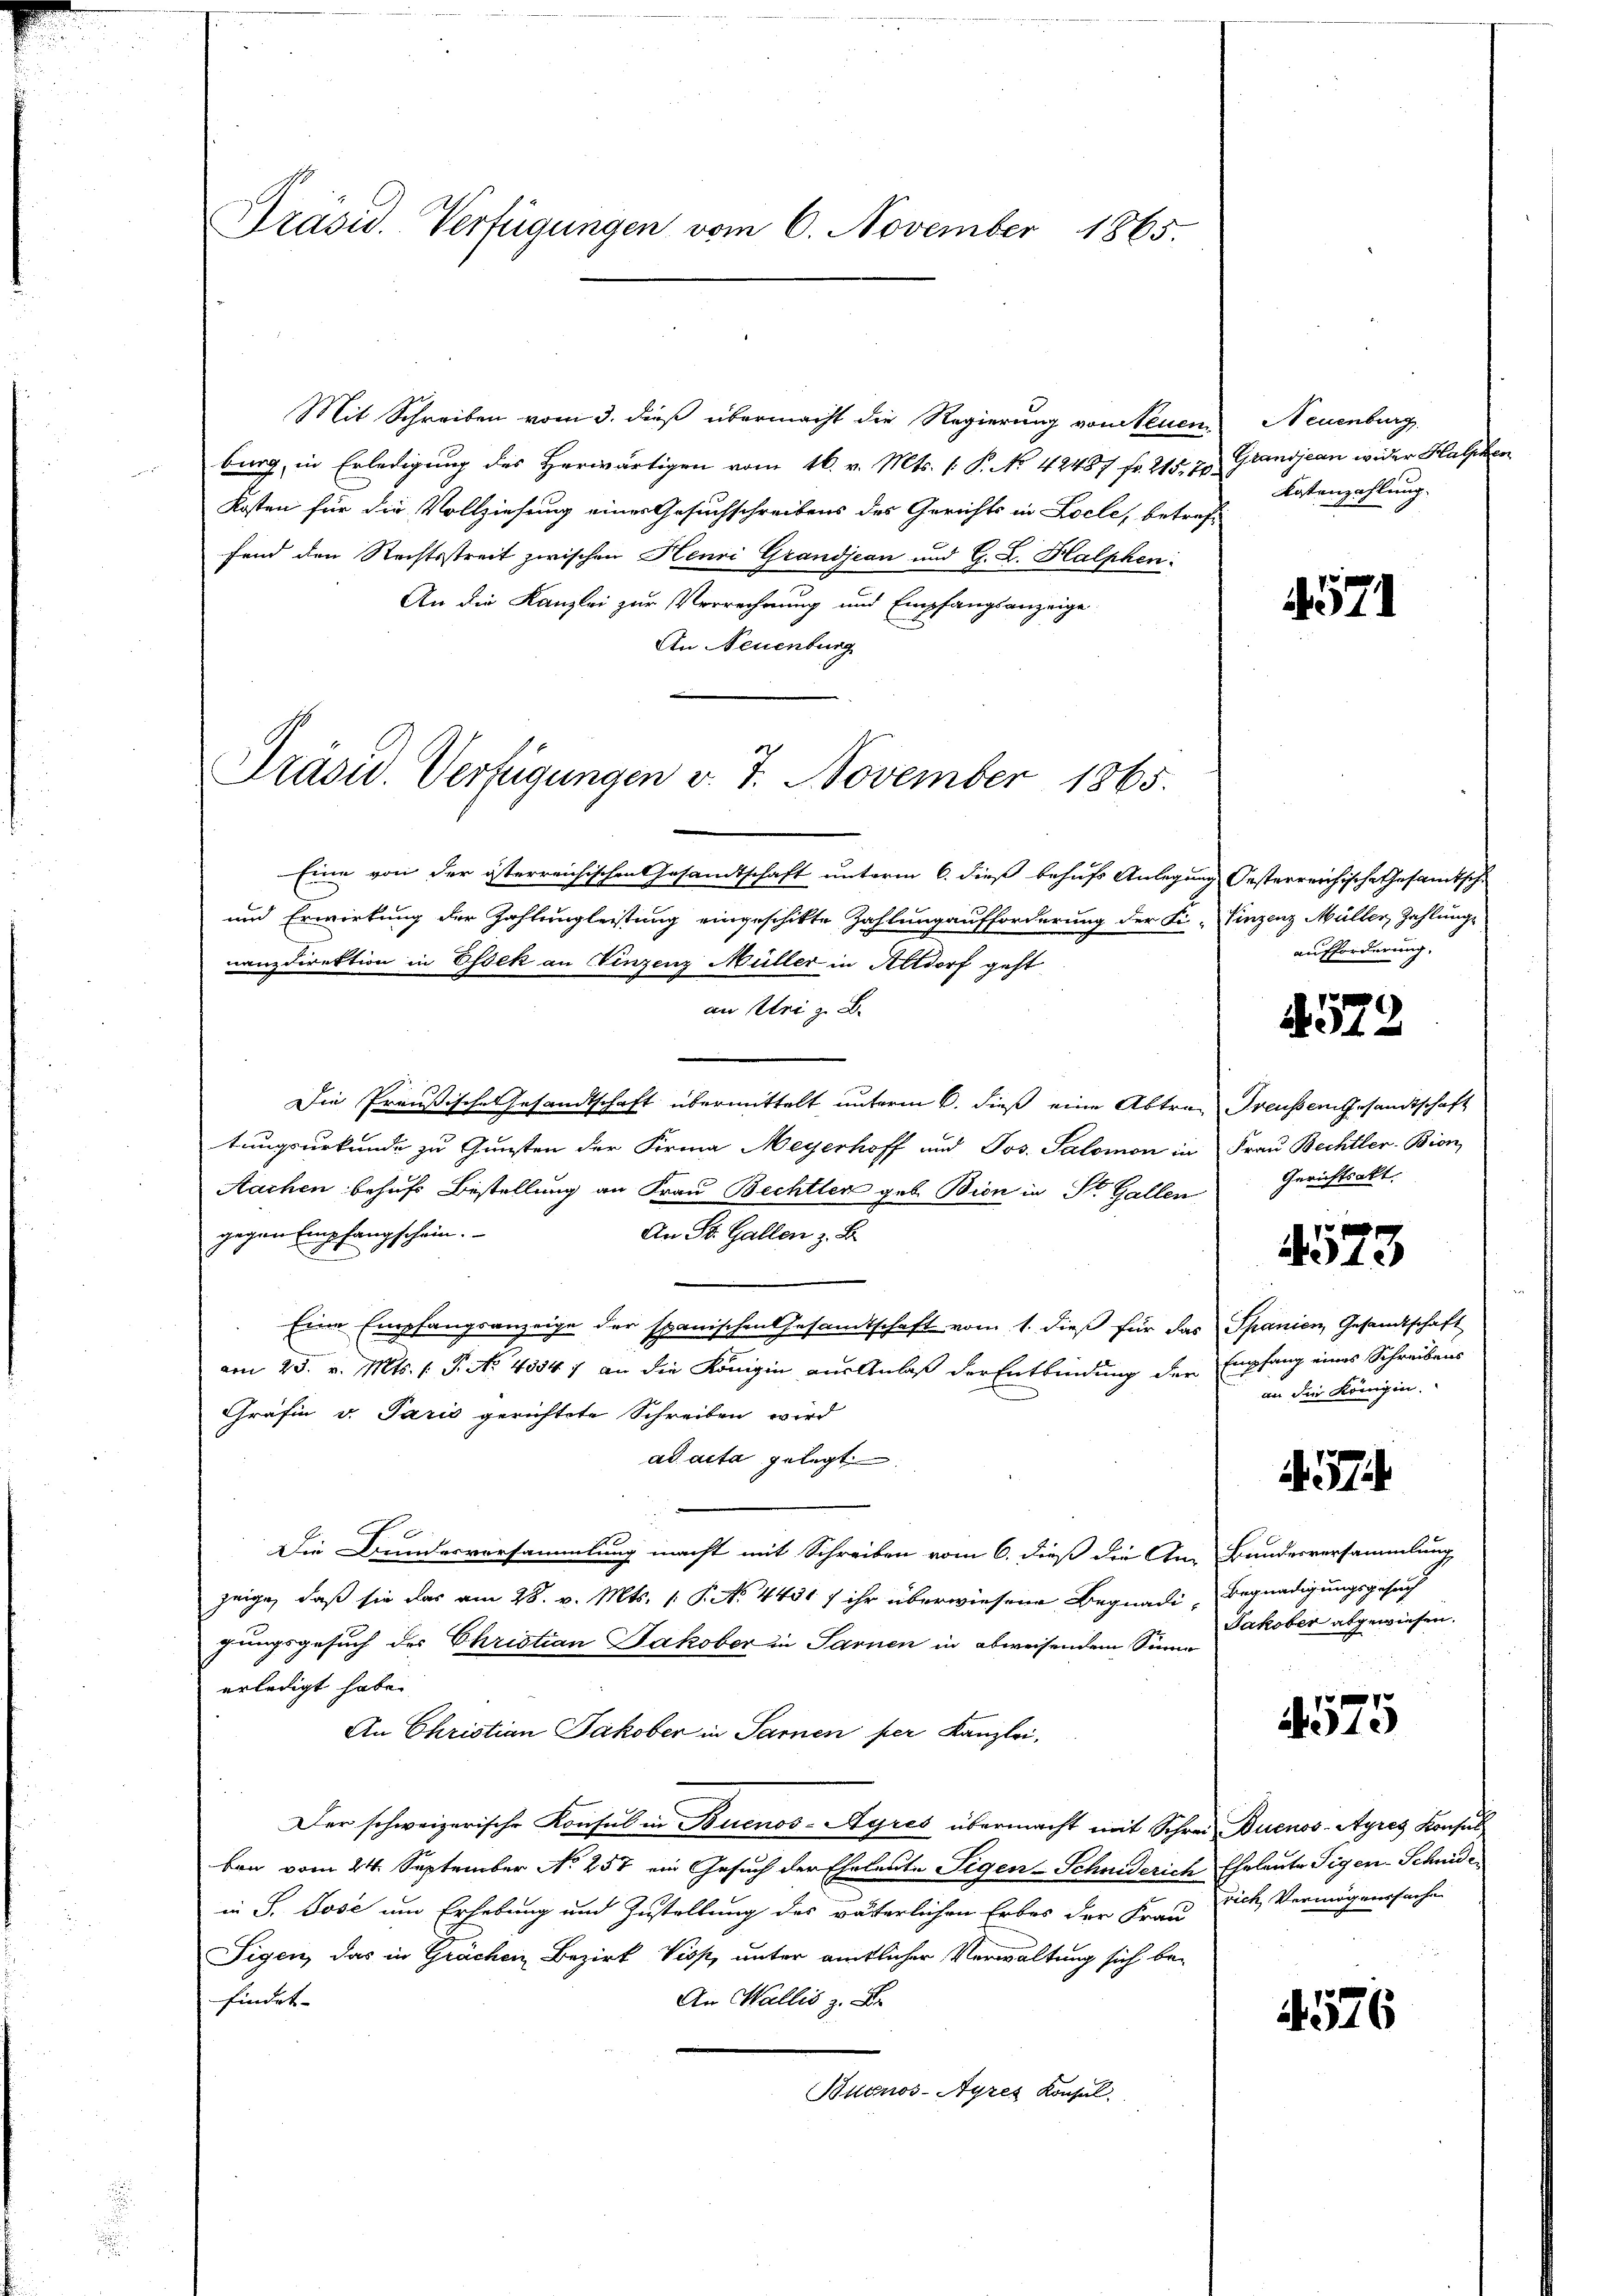
Präsid. Verfügungen vom 6. November 1865.

Mit Schreiben vom 3. dieß übermacht die Regierung von Neuen
burg, in Erledigung des Herwärtigen vom 16. v. Mts. 1. P. No 42487 fr. 215. 70. Grandjean wider Halschen
Kosten für die Vollziehung eines Gesuchschreibens des Gerichts in Locle, betref-
fend den Rechtsstreit zwischen Henri Grandjean und G. L. Halphen
An die Kanzlei zur Verrechnung und Empfangsanzeige
An Neuenburg

Präsid. Verfügungen v. 7. November 1865.

Eine von der österreichischen Gesandtschaft unterm 6. dieß behufs Anlegung Oesterreichische Gesamtsche
und Erwirkung der Zahlung leistung eingeschikte Zahlung aufforderung der Fi-Vinzenz Müller, Zahlungs
nanzdirektion in Essek an Einzenz Müller in Altdorf geht
an Uri zu
Die Preußische Gesandtschaft übermittelt unterm 6. dieß eine Abtrag Freussen Gesandtschaft
tungsurkunde zu Gunsten der Firma Meyerhoff und Jos. Salomon in Frau Bechtler-Bion,
Aachen behufs Bestellung an Frau Bechtler geb. Bin in St. Gallen
gegen Empfangschein.
An St. Gallen z. B.
Eine Empfangsanzeige der spanischen Gesandtschaft vom 1. dieß für das Spanien Gesandtschaft
am 25. v. Mts. (T. No 4054 ; an die Königin aus Anlaß der Entbindung der Empfang eines Schreibens
Gräfin v. Paris gerichtete Schreiben wird
ad acta gelegt
Die Bundesversammlung macht mit Schreiben vom 6. dieß die An-Bundesversammlung
zeige, daß sie das am 28. v. Mts. 1. P. No. 441 f ihr überwiesene Begnadi Begnadigungsgesuch
gungsgesuch des Christian Jakober in Sarnen in abweisendem Sinne
erledigt habe.
An Christian Jakober in Sarnen per Kanzlei,
Der schweizerische Konsul in Buenos-Ayres übermacht mit Schrei Buenos-Ayres Konsul
ben vom 24. September No 257 ein Gesuch der Eheleute Segen-Schniderich Eheleute Tigen-Scheide
in S. Jose um Erhebung und Zustellung des väterlichen Erbes der Frau Dich Vermögenssache
Tigen, das in Grächen Bezirk Viss, unter amtlicher Verwaltung sich be-
An Wallis z. B.
findet.
Buenos-Ayres Konsul

Neuenburg
Kostenzahlung.

4571

aufforderung.

572

Gerichtsakt.

4573

an die Königin

57

Jakober abgewiesen.

4575

576